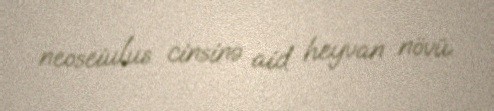
neoseiulus cinsinə aid heyvan növü.